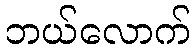
ဘယ်လောက်